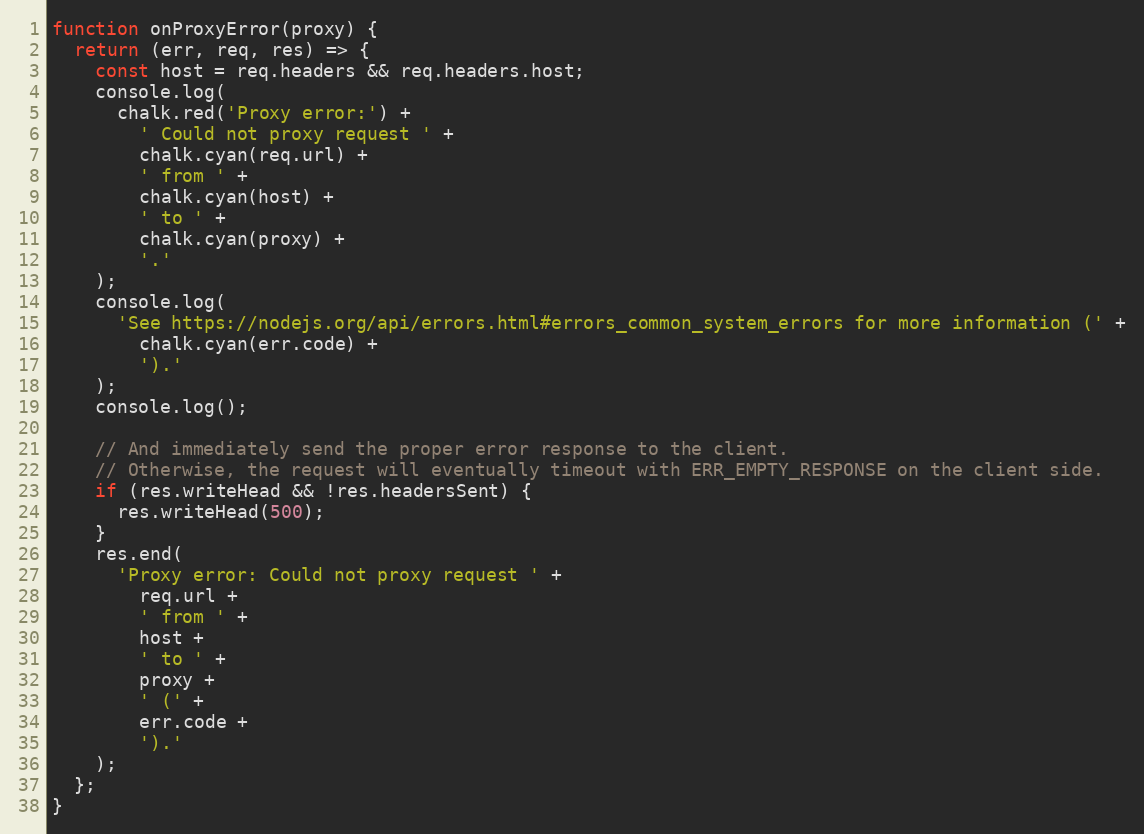
Language: JavaScript
function onProxyError(proxy) {
  return (err, req, res) => {
    const host = req.headers && req.headers.host;
    console.log(
      chalk.red('Proxy error:') +
        ' Could not proxy request ' +
        chalk.cyan(req.url) +
        ' from ' +
        chalk.cyan(host) +
        ' to ' +
        chalk.cyan(proxy) +
        '.'
    );
    console.log(
      'See https://nodejs.org/api/errors.html#errors_common_system_errors for more information (' +
        chalk.cyan(err.code) +
        ').'
    );
    console.log();

    // And immediately send the proper error response to the client.
    // Otherwise, the request will eventually timeout with ERR_EMPTY_RESPONSE on the client side.
    if (res.writeHead && !res.headersSent) {
      res.writeHead(500);
    }
    res.end(
      'Proxy error: Could not proxy request ' +
        req.url +
        ' from ' +
        host +
        ' to ' +
        proxy +
        ' (' +
        err.code +
        ').'
    );
  };
}